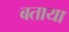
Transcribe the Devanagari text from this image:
बताया